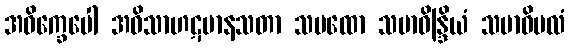
အဝိက္ခေပေါ အဝိသာဟဋမာနသတာ သမထော သမာဓိန္ဒြိယံ သမာဓိဗလံ